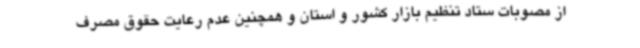
از مصوبات ستاد تنظیم بازار کشور و استان و همچنین عدم رعایت حقوق مصرف